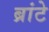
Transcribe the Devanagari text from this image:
ब्रांटे